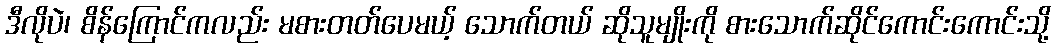
ဒီလိုပဲ၊ စိန်ကြောင်ကလည်း မစားတတ်ပေမယ့် သောက်တယ် ဆိုသူမျိုးကို စားသောက်ဆိုင်ကောင်းကောင်းသို့